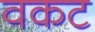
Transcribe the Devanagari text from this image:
वकट